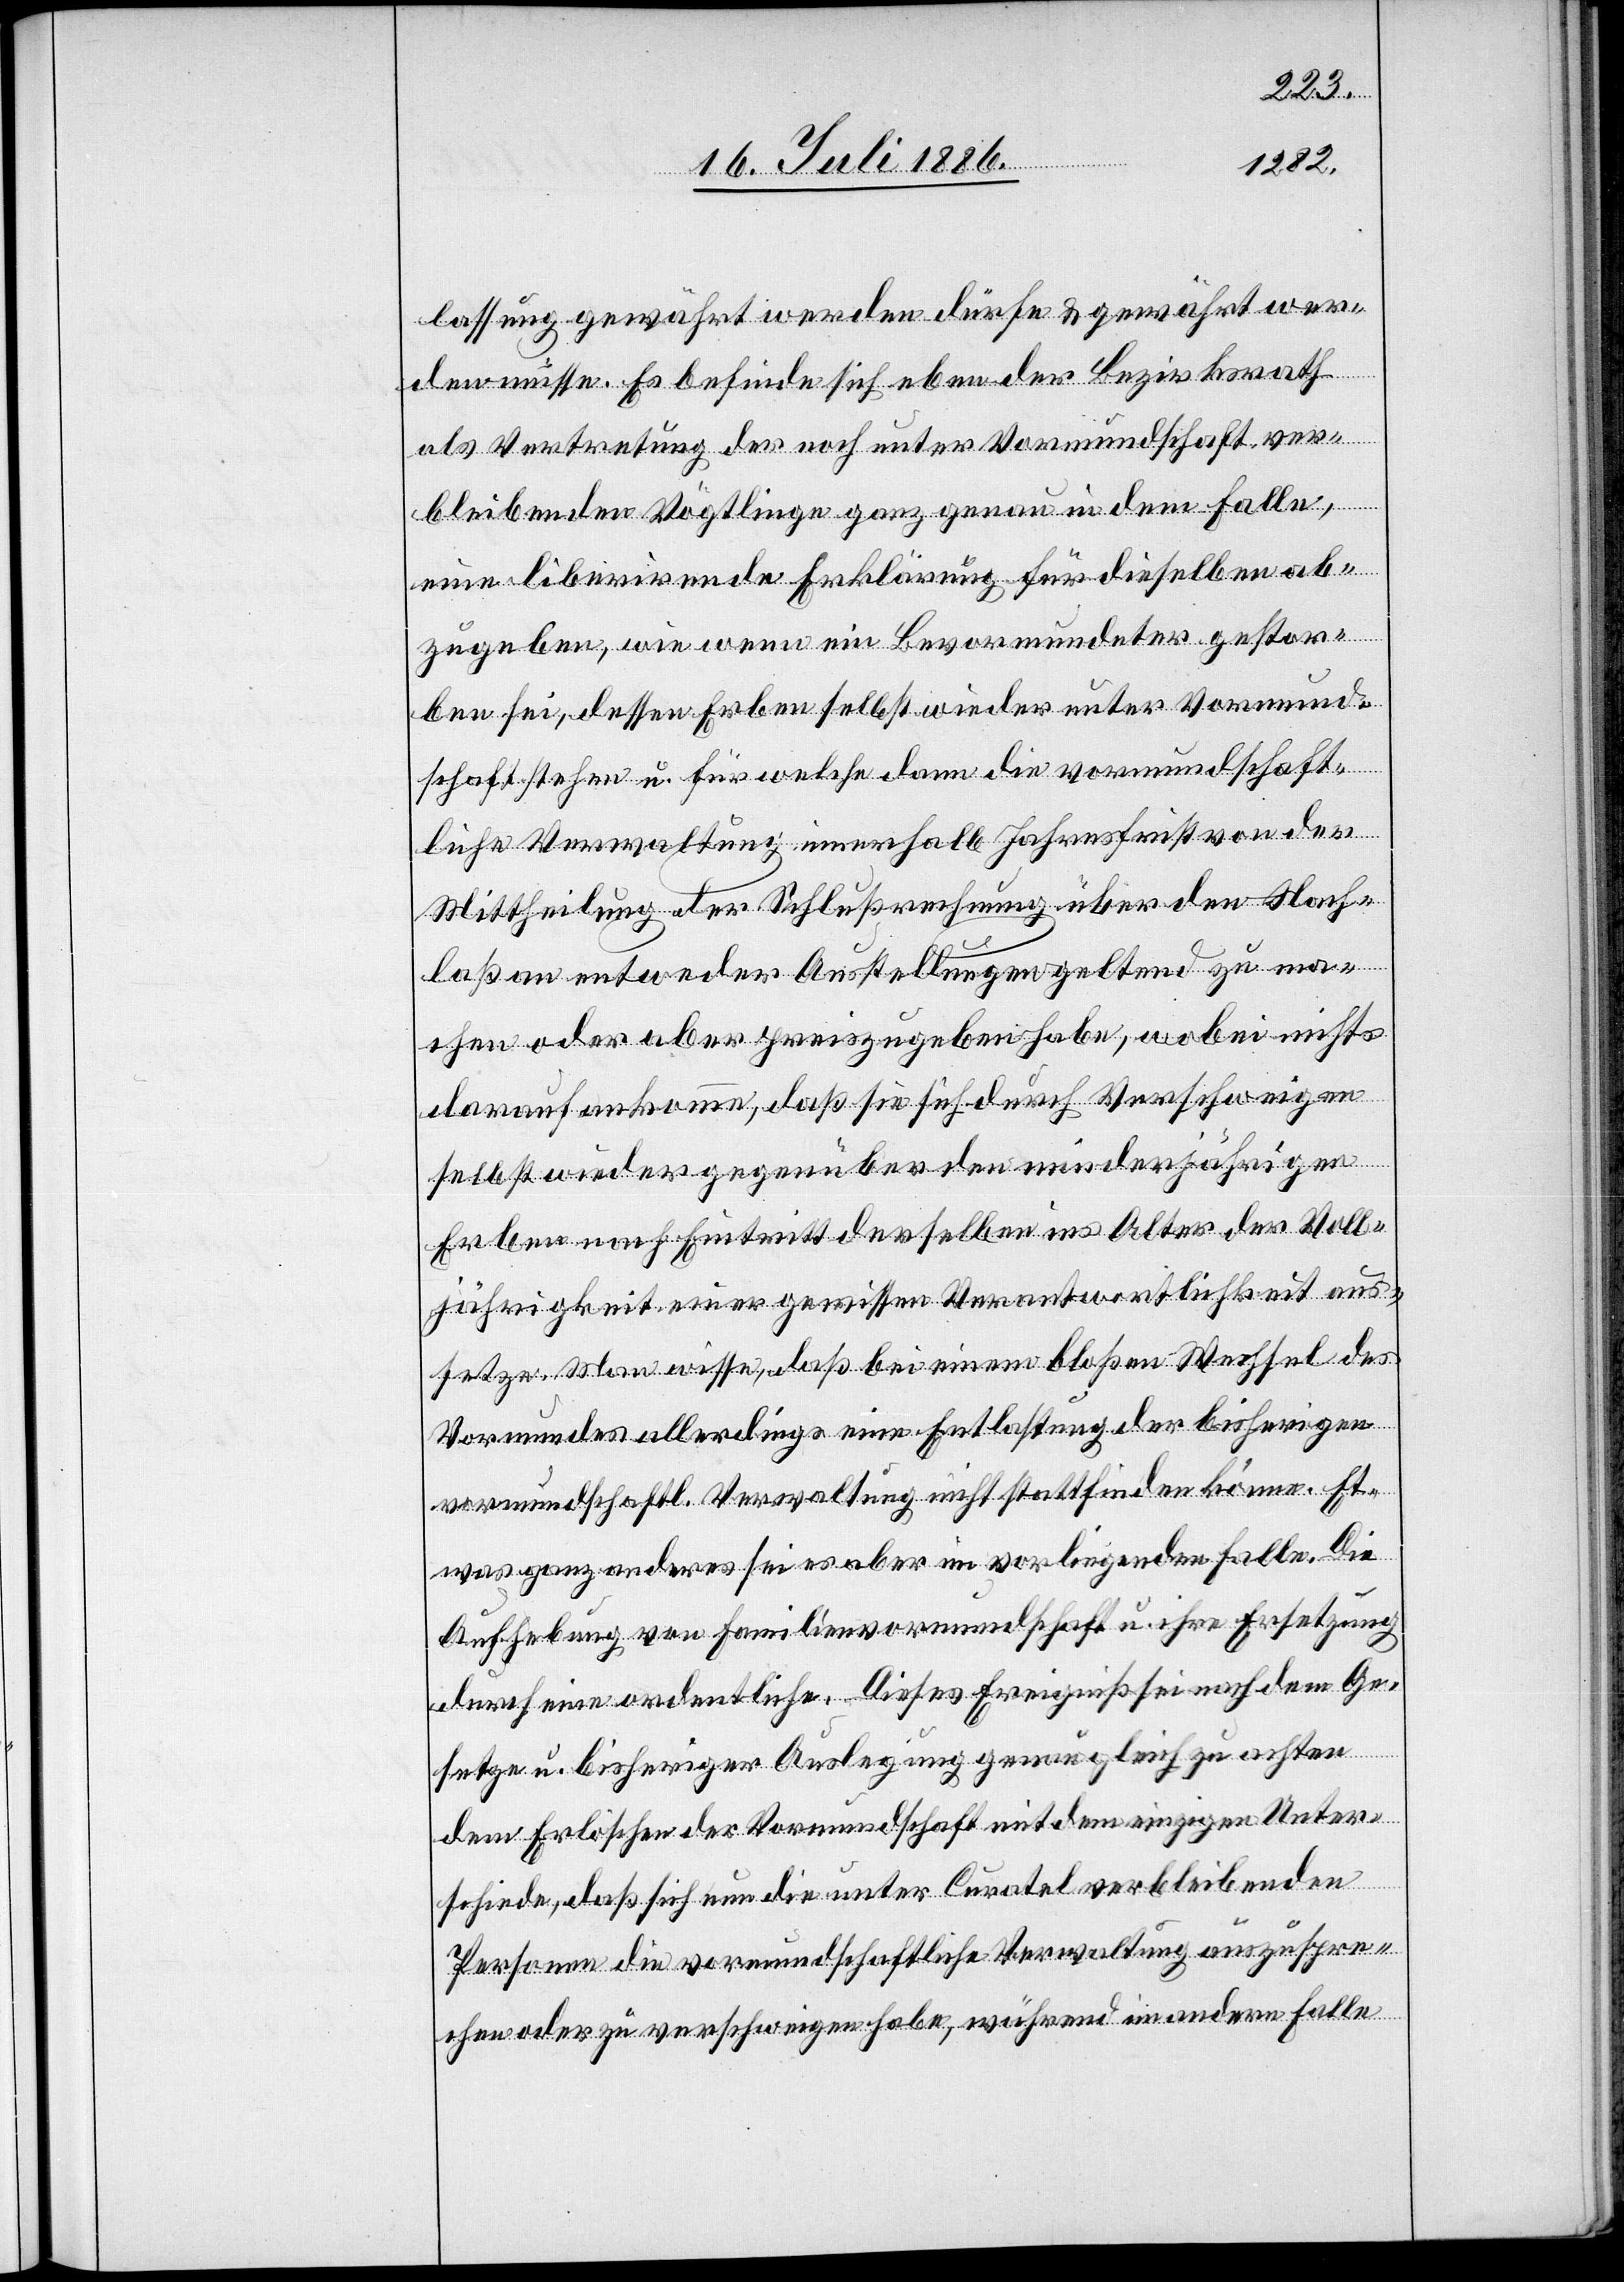
lassung gewährt werden dürfe & gewährt wer¬
den müsse. Es befinde sich eben der Bezirksrath
als Vertretung der noch unter Vormundschaft ver¬
bleibenden Vögtlinge ganz genau in dem Falle,
eine liberirende Erklärung für dieselben ab¬
zugeben, wie wenn ein Bevormundeter gestor¬
ben sei, dessen Erben selbst wieder unter Vormund¬
schaft stehen u. für welche dann die vormundschaft¬
liche Verwaltung innerhalb Jahresfrist von der
Mittheilung der Schlußrechnung über den Nach¬
laß an entweder Ausstellungen geltend zu ma¬
chen oder aber preiszugeben habe, wobei nichts
darauf ankomme, daß sie sich durch Verschweigen
selbst wieder gegenüber den minderjährigen
Erben nach Eintritt derselben ins Alter der Voll¬
jährigkeit einer gewissen Verantwortlichkeit aus¬
setze. Man wisse, daß bei einem bloßen Wechsel des
Vormundes allerdings eine Entlastung der bisherigen
vormundschaftl. Verwaltung nicht staatfinden könne. Et¬
was ganz anderes sei es aber im vorliegenden Falle. Die
Aufhebung von Familienvormundschaft u. ihre Ersetzung
durch eine ordentliche. Dieses Ereigniß sei nach dem Ge¬
setze u. bisheriger Auslegung genau gleich zu achten
dem Erlöschen der Vormundschaft mit dem einzigen Unter¬
schiede, daß sich nun die unter Curatel verbleibenden
Personen die vormundschaftliche Verwaltung auszuspre¬
chen oder zu verschweigen habe, während im andern Falle